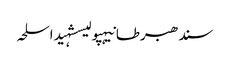
سندھبرطانیہپولیسشہیداسلحہ